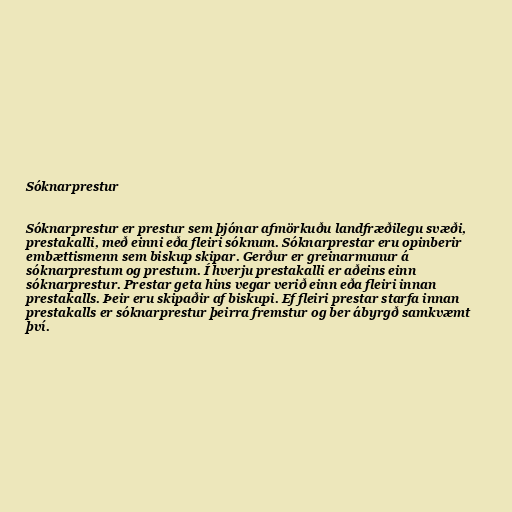
Sóknarprestur

Sóknarprestur er prestur sem þjónar afmörkuðu landfræðilegu svæði,
prestakalli, með einni eða fleiri sóknum. Sóknarprestar eru opinberir
embættismenn sem biskup skipar. Gerður er greinarmunur á
sóknarprestum og prestum. Í hverju prestakalli er aðeins einn
sóknarprestur. Prestar geta hins vegar verið einn eða fleiri innan
prestakalls. Þeir eru skipaðir af biskupi. Ef fleiri prestar starfa innan
prestakalls er sóknarprestur þeirra fremstur og ber ábyrgð samkvæmt
því.